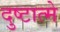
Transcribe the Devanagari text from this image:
दुष्टात्मे